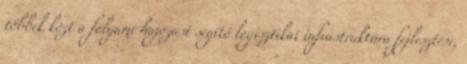
többek közt a folyami hajózást segítő logisztikai infrastruktúra fejlesztése,